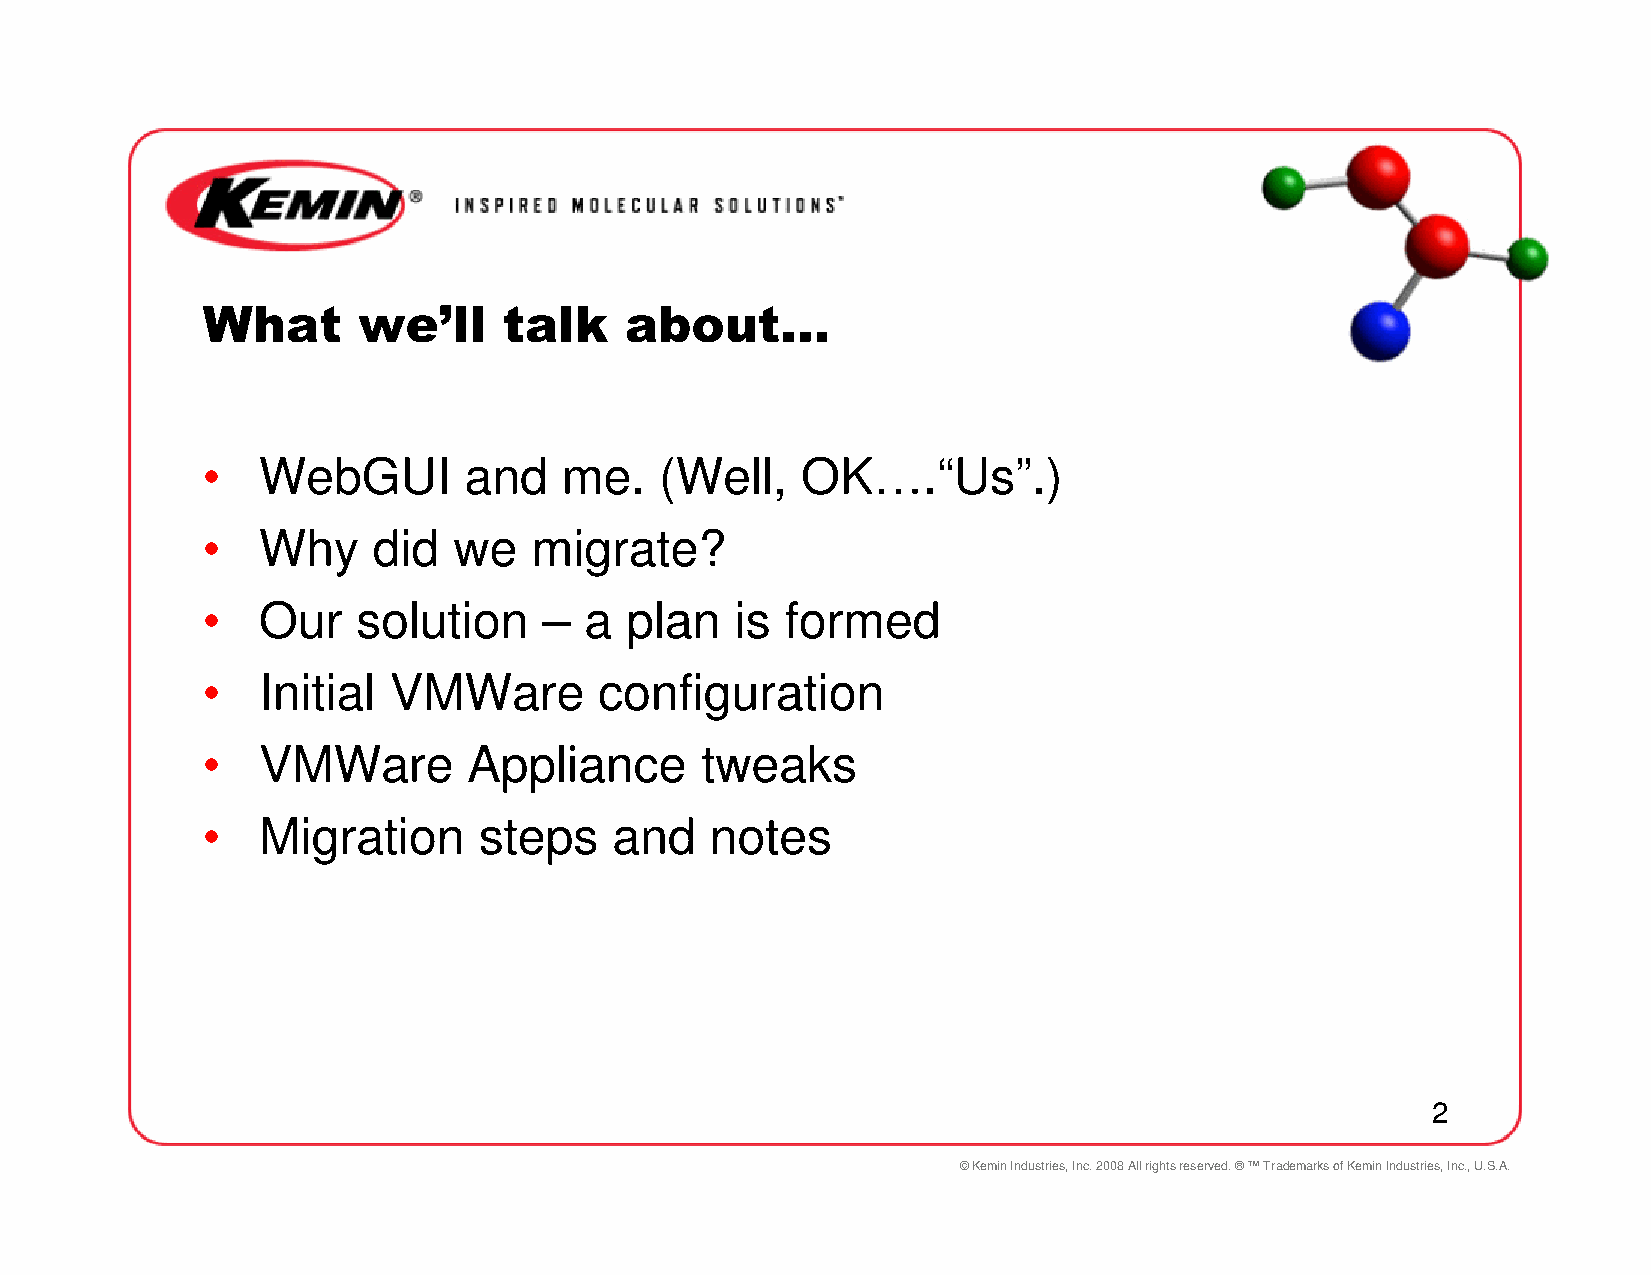
What       we’ll    talk    about…
 •   WebGUI        and   me.    (Well,   OK….“Us”.)
 •   Why     did  we   migrate?
 •   Our    solution    –  a plan    is formed
 •   Initial  VMWare        configuration
 •   VMWare        Appliance      tweaks
 •   Migration      steps    and   notes
 2
 © Kemin Industries, Inc. 2008 All rights reserved. ® ™ Trademarks of Kemin Industries, Inc., U.S.A.